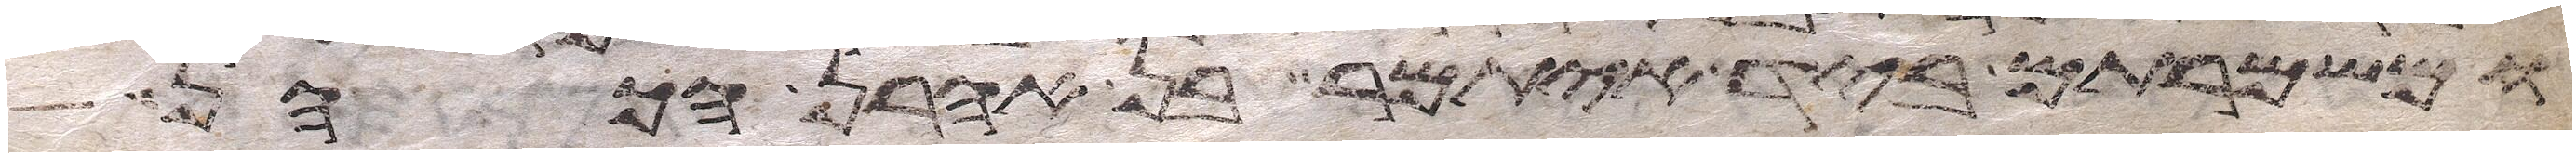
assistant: ומשמרתם ביד איתמר בן אהרן הכהן